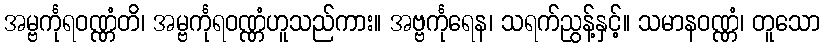
အမ္ဗင်္ကုရဝဏ္ဏံတိ၊ အမ္ဗင်္ကုရဝဏ္ဏံဟူသည်ကား။ အဗ္ဗင်္ကုရေန၊ သရက်ညွန့်နှင့်။ သမာနဝဏ္ဏံ၊ တူသော